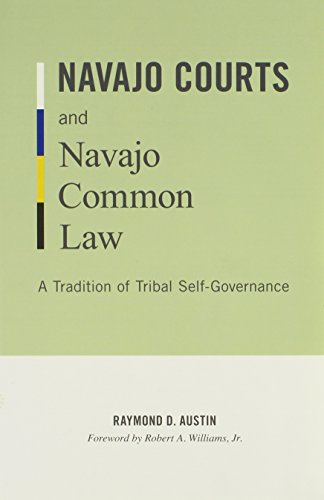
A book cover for Navajo Courts and Navajo Common Law: A Tradition of Tribal Self-Governance (Indigenous Americas); Raymond D. Austin; Law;